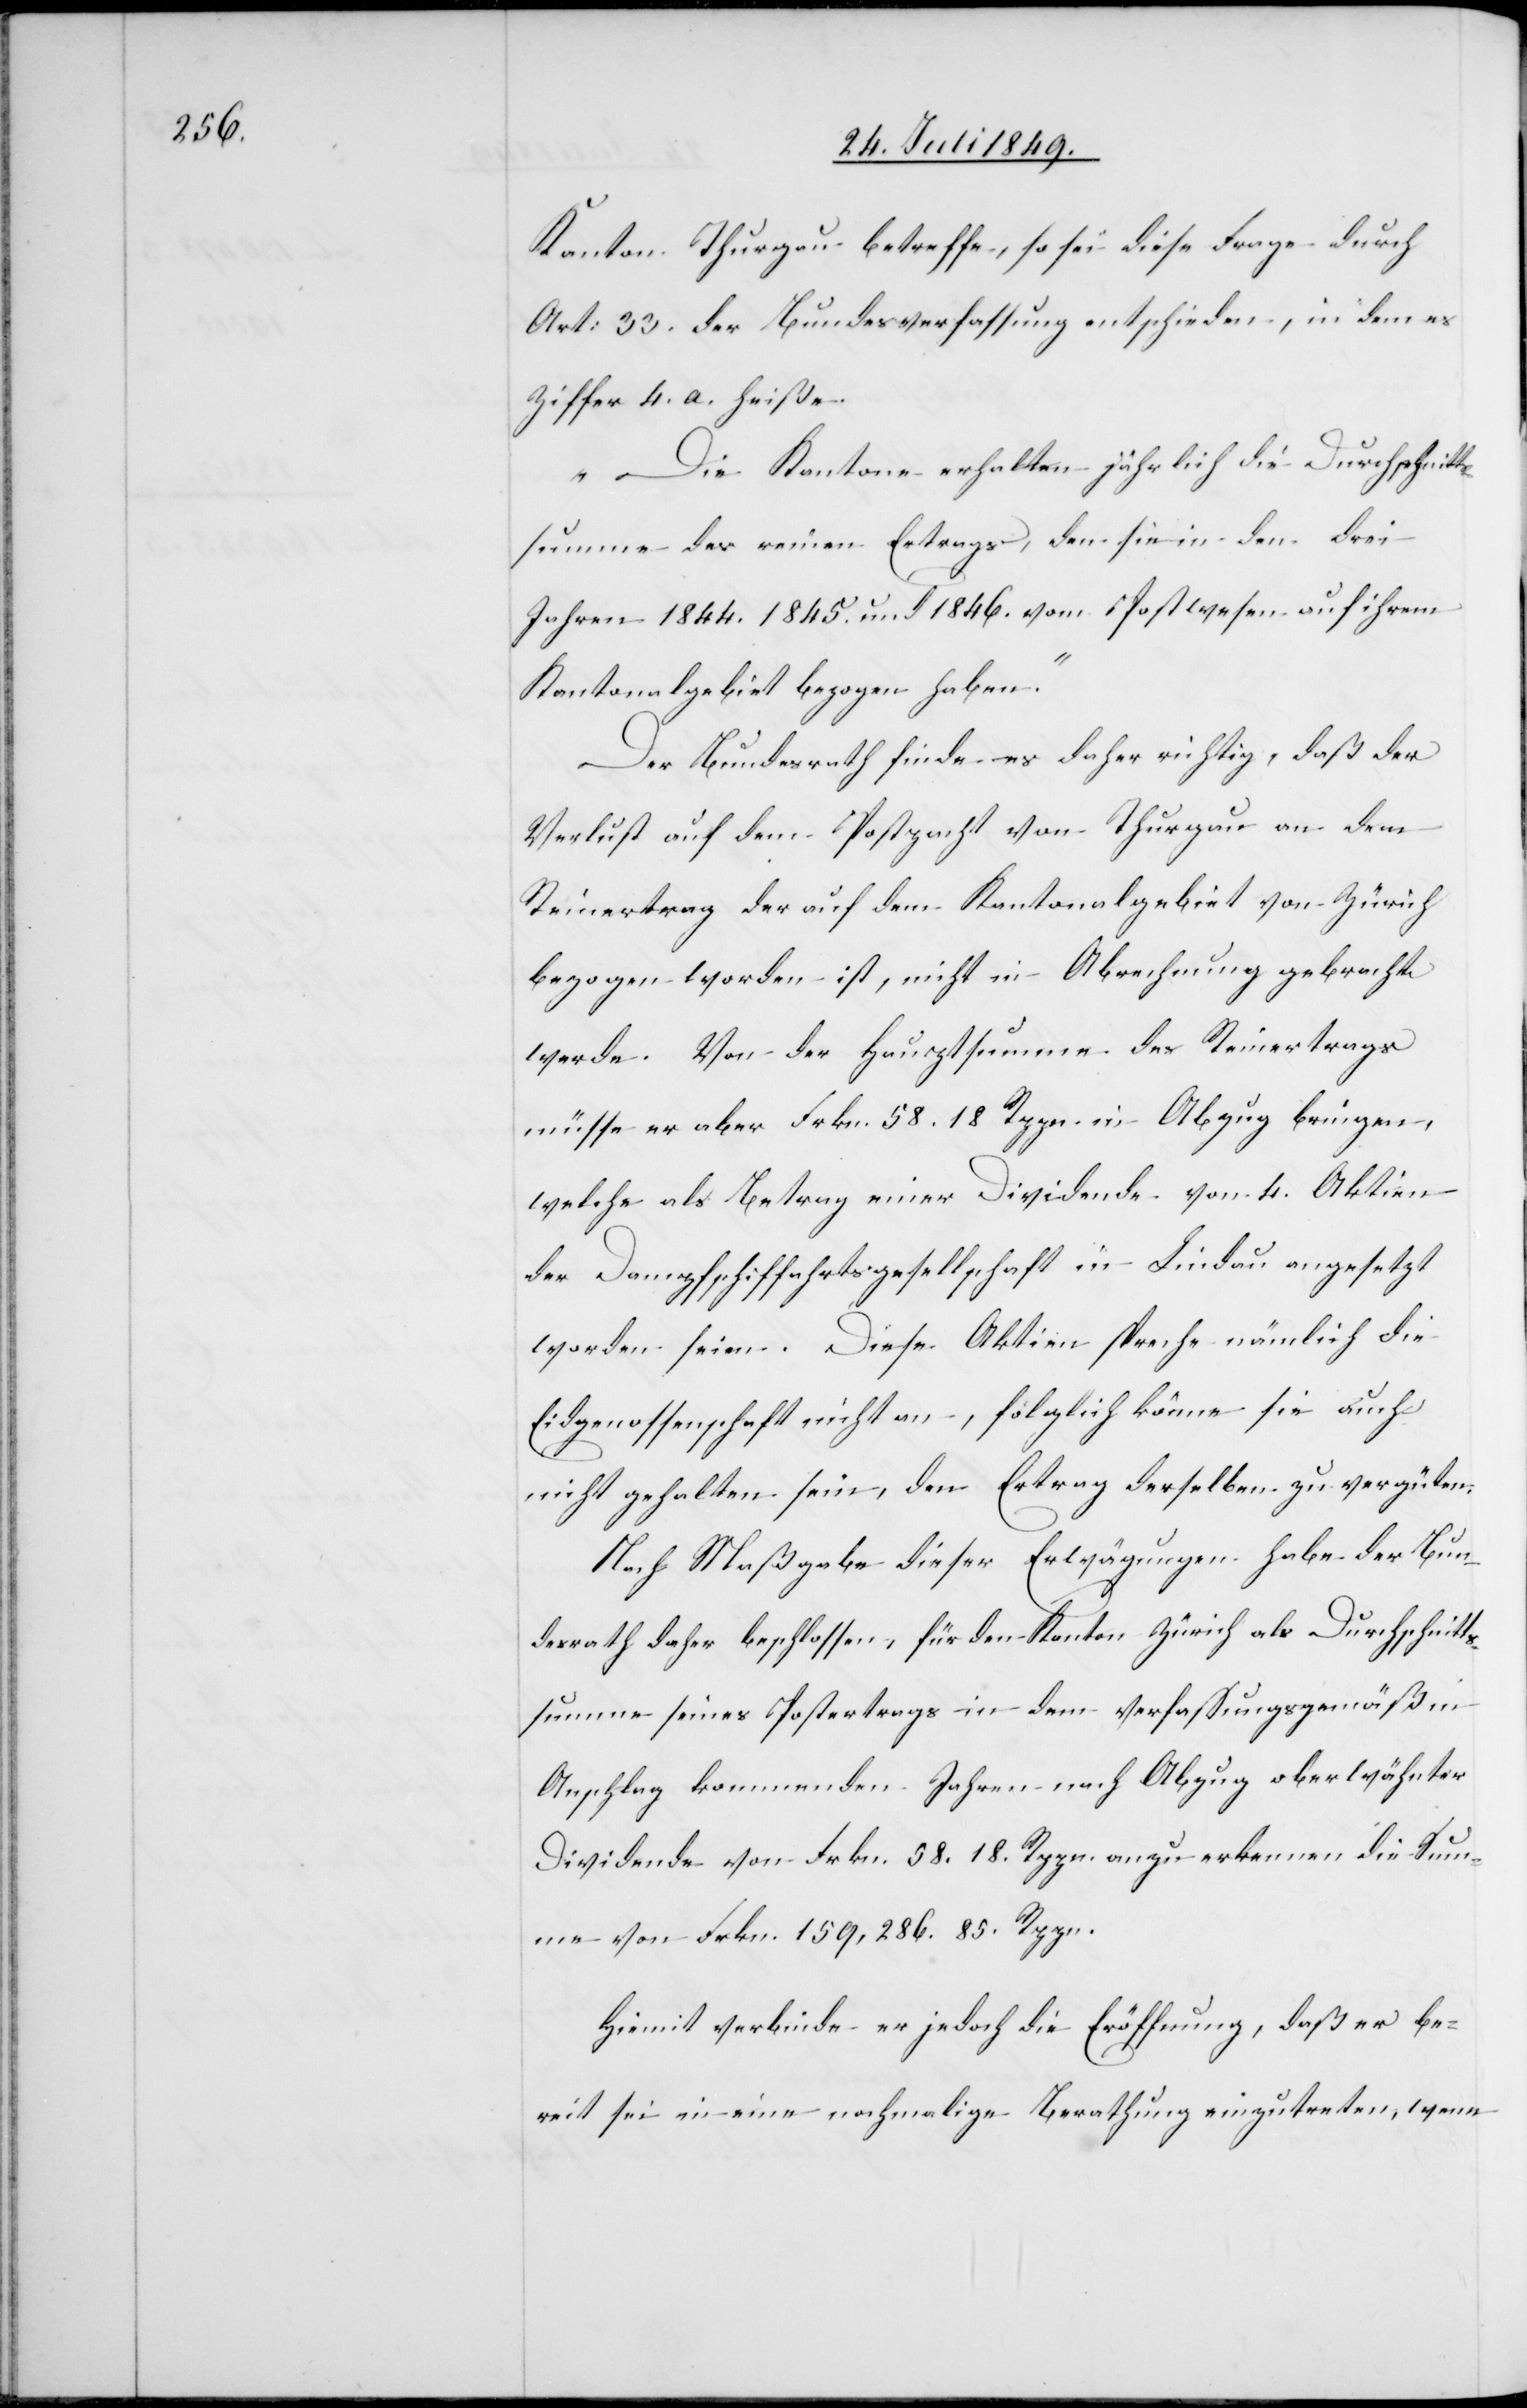
Kanton Thurgau betreffe, so sei diese Frage durch
Art. 33. der Bundesverfassung entschieden, in dem es
Ziffer 4. a. heiße.
„Die Kantone erhalten jährlich die Durchschnitt¬
summe des reinen Ertrags, den sie in den drei
Jahren 1844.[,] 1845. und 1846. vom Postwesen auf ihrem
Kantonalgebiet bezogen haben“.
Der Bundesrath finde es daher richtig, daß der
Verlust auf dem Postpacht von Thurgau an dem
Reinertrag der auf dem Kantonalgebiet von Zürich
bezogen worden ist, nicht in Abrechnung gebracht
werde. Von der Hauptsumme des Reinertrags
müsse er aber Frkn. 58. 18. Rppn in Abzug bringen,
welche als Betrag einer Dividende von 4. Aktien
der Dampfschiffahrtsgesellschaft in Lindau angesetzt
worden seien. Diese Aktien spreche nämlich die
Eidgenossenschaft nicht an, folglich könne sie auch
nicht gehalten sein, den Ertrag derselben zu vergüten:
Nach Maßgabe dieser Erwägungen habe der Bun¬
desrath daher beschlossen, für den Kanton Zürich als Durchschnitts¬
summe seines Postertrags in dem verfassungsgemäß in
Anschlag kommenden Jahren nach Abzug oberwähnter
Dividende von Frkn. 58. 18. Rppn. anzu erkennen die Sum¬
me von Frkn. 159,286. 85. Rppn.
Hiemit verbinde er jedoch die Eröffnung, daß er be¬
reit sei in eine nochmalige Berathung einzutreten, wenn